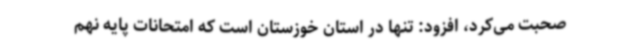
صحبت می‌کرد، افزود: تنها در استان خوزستان است که امتحانات پایه نهم